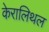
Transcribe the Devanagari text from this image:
केरालिथल